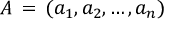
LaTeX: A \, = \, ( a _ { 1 } , a _ { 2 } , \dots , a _ { n } )